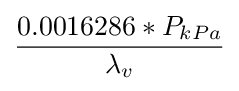
{\frac {0.0016286*P_{kPa}}{\lambda _{v}}}